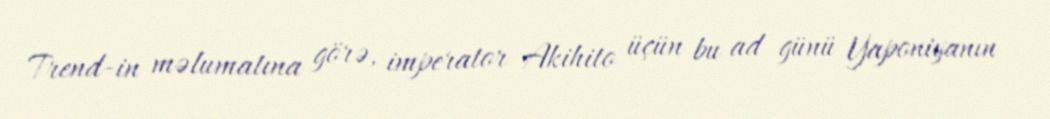
Trend-in məlumatına görə, imperator Akihito üçün bu ad günü Yaponiyanın